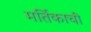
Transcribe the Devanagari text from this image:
मर्तिकाची